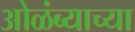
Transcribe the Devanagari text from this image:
ओळंब्याच्या